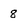
Character: 8